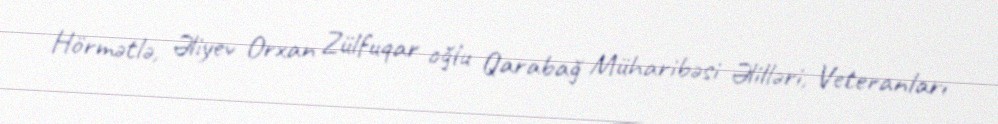
Hörmətlə, Əliyev Orxan Zülfuqar oğlu Qarabağ Müharibəsi Əlilləri, Veteranları